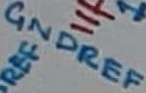
Text: GNDREF